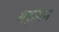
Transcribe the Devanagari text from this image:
सद्ज्ञान